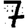
Digit: 7